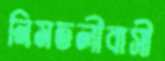
নিমতলীবাসী